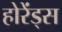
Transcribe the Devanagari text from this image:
होरेंड्स